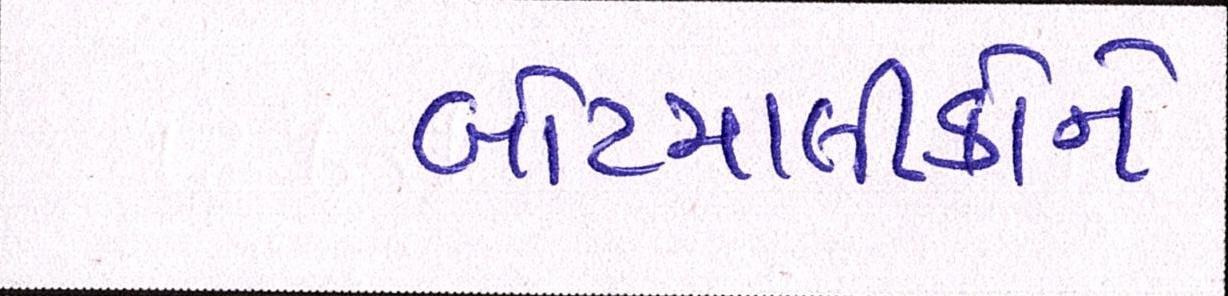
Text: બોટમાલીકોને